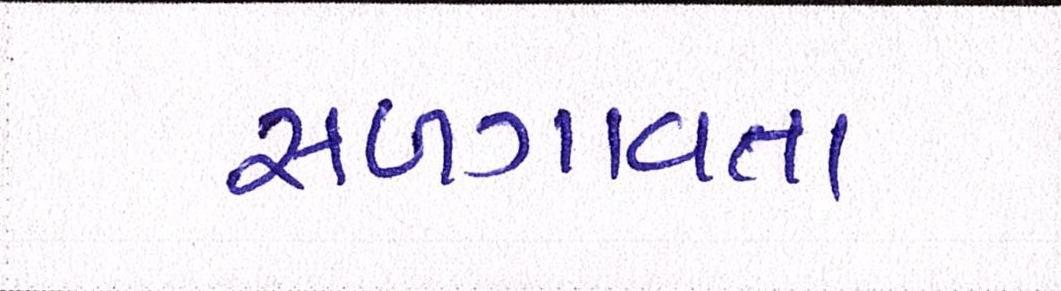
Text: સળગાવતા